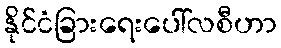
နိုင်ငံခြားရေးပေါ်လစီဟာ